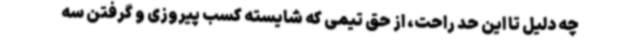
چه دلیل تا این حد راحت، از حق تیمی که شایسته کسب پیروزی و گرفتن سه